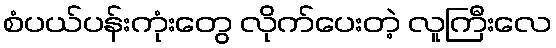
စံပယ်ပန်းကုံးတွေ လိုက်ပေးတဲ့ လူကြီးလေ